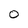
Character: 0